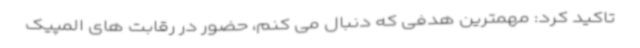
تاکید کرد: مهمترین هدفی که دنبال می کنم، حضور در رقابت های المپیک